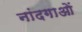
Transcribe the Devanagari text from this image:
नांदगाओं